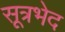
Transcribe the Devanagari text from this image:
सूत्रभेद